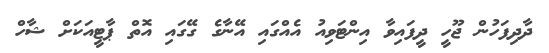
ދާދިފަހުން ޖޫހީ ދީފައިވާ އިންޓަވިއު އެއްގައި އޭނާގެ ގޭގައި އޮތް ޕާޓީއަކަށް ޝާހް